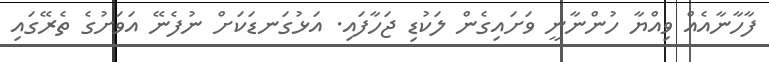
ފާހާނާއެއް ވިއްޔާ ހުންނާނީ ވަށައިގެން ލަކުޑި ޖަހާފައި. އަޅުގަނޑަކަށް ނުފެނޭ އަވަށުގެ ތެރޭގައި